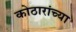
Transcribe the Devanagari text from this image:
कोठारांच्या